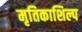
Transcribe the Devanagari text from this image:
मृतिकाशिल्प